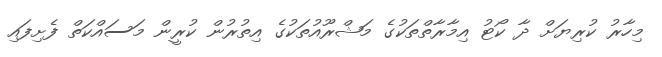
މިހާރު ކުރިޔަށް ދާ ކޯޓު އިމާރާތްތަކުގެ މަޝްރޫއުތަކުގެ އިތުރުން ކުރީން މަސައްކަތް ފެށިފައި